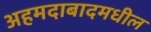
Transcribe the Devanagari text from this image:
अहमदाबादमधील